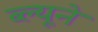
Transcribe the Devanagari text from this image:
ब्ल्यूने